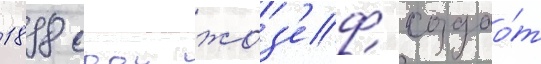
1898 году жоз'еф создао́т